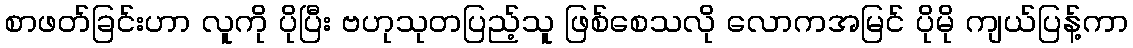
စာဖတ်ခြင်းဟာ လူကို ပိုပြီး ဗဟုသုတပြည့်သူ ဖြစ်စေသလို လောကအမြင် ပိုမို ကျယ်ပြန့်ကာ